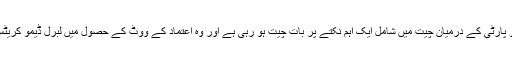
سردست لبرل ڈیمو کریٹس اور کنزرویٹو پارٹی کے درمیان چیت میں شامل ایک اہم نکتے پر بات چیت ہو رہی ہے اور وہ اعتماد کے ووٹ کے حصول میں لبرل ڈیمو کریٹس کا ٹوری پارٹی کا یقینی ساتھ دینا ہے۔